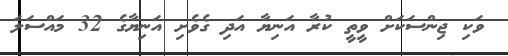
ވަކި ޖިންސަކަށް ވީތީ ކުރާ އަނިޔާ އަދި ގެވެށި އަނިޔާގެ 32 މައްސަލަ